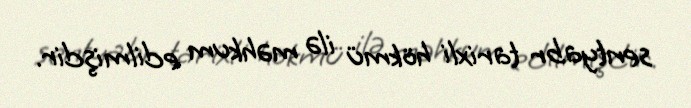
sentyabr tarixli hökmü ilə məhkum edilmişdir.